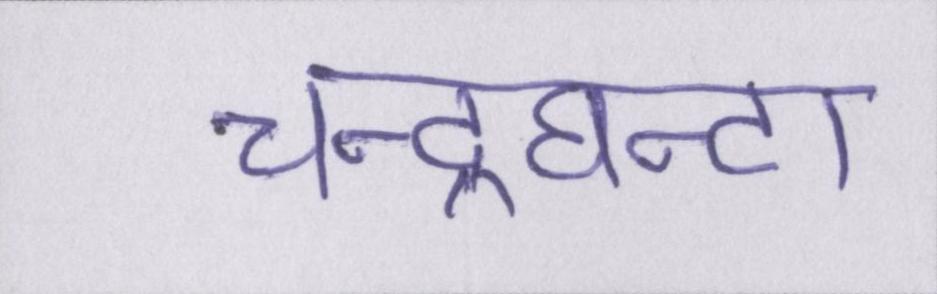
चन्द्रघन्टा